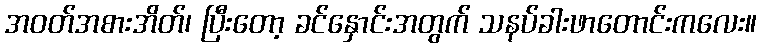
အဝတ်အစားအိတ်၊ ပြီးတော့ ခင်နှောင်းအတွက် သနပ်ခါးဖာတောင်းကလေး။